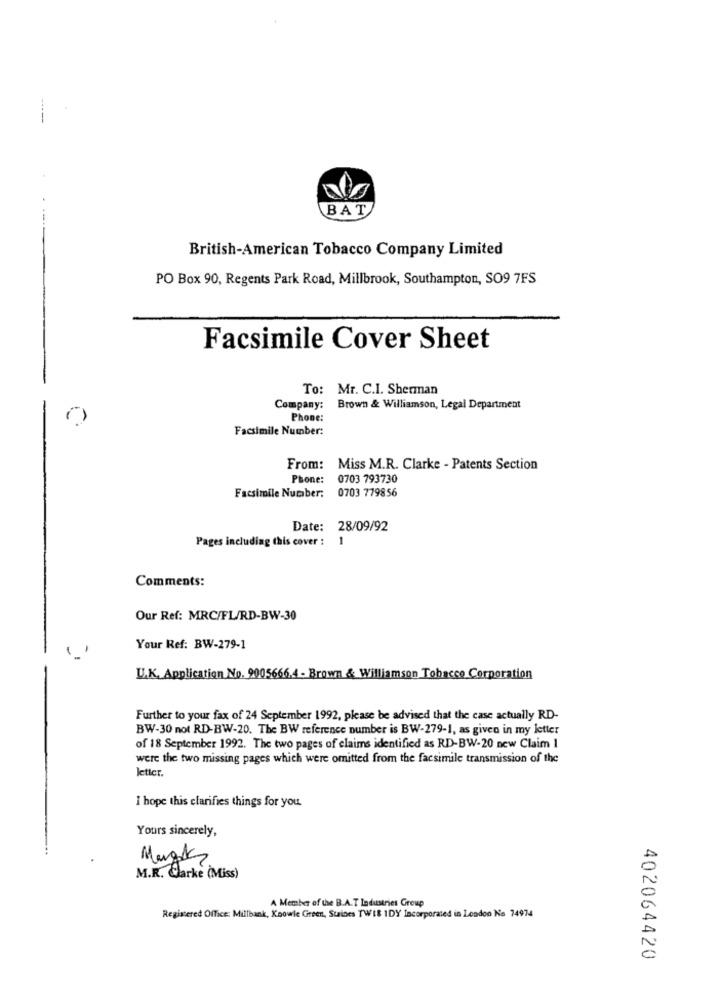
BAT
British-American Tobacco Company Limited
PO Box 90, Regents Park Road, Millbrook, Southampton, SO9 7FS
Facsimile Cover Sheet
To: Mr. C.I. Sherman
Company:
Brown & Williamson, Legal Department
Phone:
Facsimile Number:
From: Miss M.R. Clarke - Patents Section
Phone:
0703 793730
Facsimile Number:
0703 779856
Date: 28/09/92
Pages including this cover :
1
Comments:
Our Ref: MRC/FL/RD-BW-30
Your Ref: BW-279-1
U.K. Application No. 9005666,4 - Brown & Williamson Tobacco Corporation
Further to your fax of 24 September 1992, please be advised that the case actually RD-
BW-30 not RD-BW-20. The BW reference number is BW-279-1, as given in my letter
of 18 September 1992. The two pages of claims identified as RD-BW-20 new Claim I
were the two missing pages which were omitted from the facsimile transmission of the
letter.
I hope this clarifies things for you.
Yours sincerely,
Mugks
M.R. Clarke (Miss)
A Member of the B.A.T Industries Group
Registered Office: Millbank, Knowle Green, Stines TWIE IDY Incorporated in Lesdon No 74974
402064420